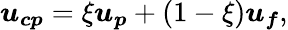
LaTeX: \boldsymbol{u_{cp}}=\xi\boldsymbol{u_{p}}+(1-\xi)\boldsymbol{u_{f}},